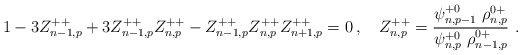
\begin{align*} 1-3Z^{++}_{n-1,p}+3Z^{++}_{n-1,p}Z^{++}_{n,p}-Z^{++}_{n-1,p}Z^{++}_{n,p}Z^{++}_{n+1,p}=0\,, \quad Z^{++}_{n,p}=\frac{ \psi^{+0}_{n,p-1}\ \rho^{0+}_{n,p}}{\psi^{+0}_{n,p}\ \rho^{0+}_{n-1,p}} \ .\end{align*}